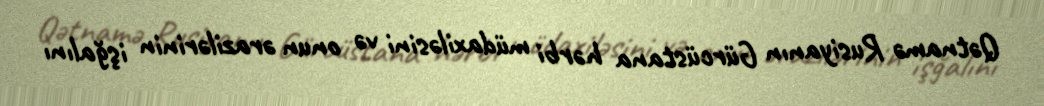
Qətnamə Rusiyanın Gürcüstana hərbi müdaxiləsini və onun ərazilərinin işğalını